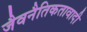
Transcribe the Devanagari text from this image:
जैवनैतिकतावादी